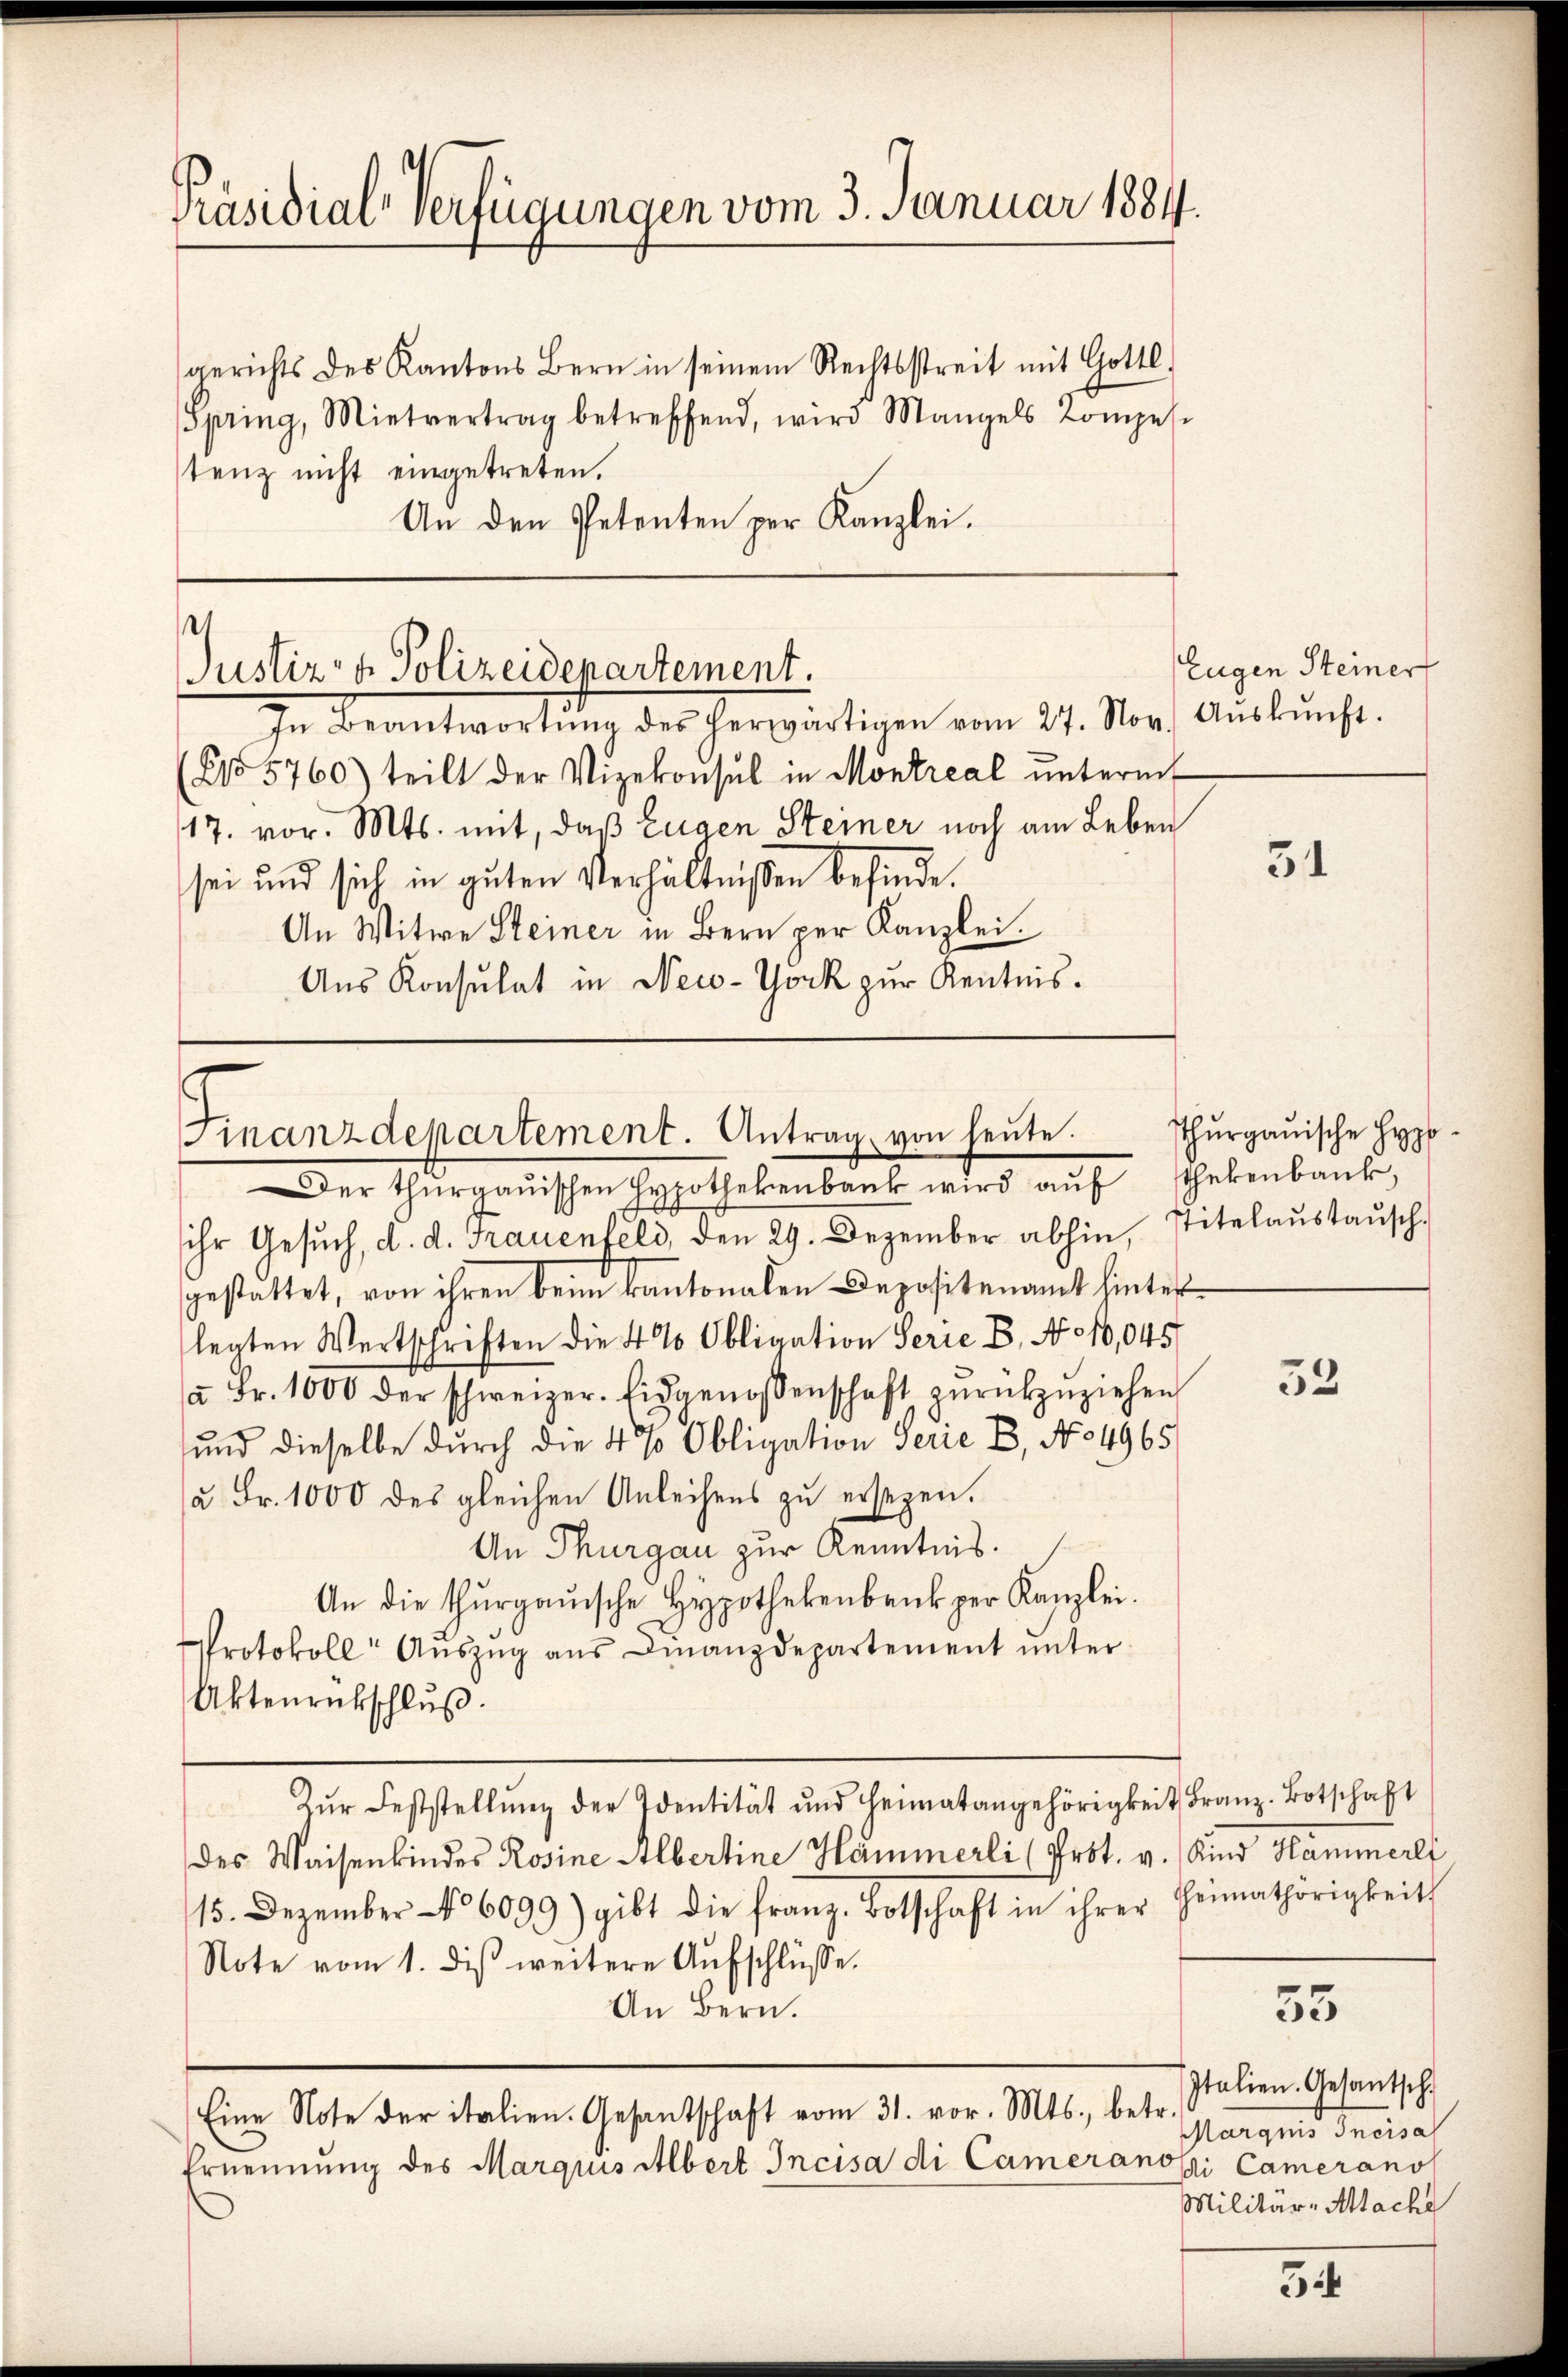
Präsidial-Verfügungen vom 3. Januar 1881.

gerichts des Kantons Bern in seinem Rechtsstreit mit Gottl.
Spring, Mietvertrag betreffend, wird Mangels Kompes.
stenz nicht eingetreten.
An den Petenten per Kanzlei.

Justiz- & Polizeidenartement.
In Beantwortung des herwärtigen vom 24. Nov. Auskunft.

(2155760) teilt der Vizekonsul in Montreal ŭnterm
17. vor. Mts. mit, daß Eugen Steiner noch am Leben
sei und sich in guten Verhältnißen befinde.
An Witwe Steiner in Bern per Kanzlei.
Aus Konsulat in Neco-York zur Kenntnis.

manzdepartement. Antrag von heute.
er thurgauischen Hypothekenbank wird aŭf thekenbank,

ihr Gesuch, d. d. Frauenfeld, den 29. Dezember abhin, Titelaustausch
gestattet, von ihren beim kantonalen Depositenamt hinter
legten Wertschriften die 4 % Obligation Serie B. No 10,045
a Fr. 1000 der schweizer. Eidgenossenschaft zŭrückzuziehen.
und dieselbe durch die 4 % Obligation Serie E, No 4965
a. Fr. 1000 des gleichen Anleihens zu ersezen.
An Thurgau zur Kenntnis.
An die thurgauische Hypothekenbank per Kanzlei.
Protokoll Aŭszŭg aŭs Finanzdepartement ŭnter
Aktenrückschluß.
Zŭr Feststellŭng der Identität und Heimatangehörigkeit Franz-Botschaft
des Waisenkindes Rosine Albertine Hämmerli (Prot. v. Kind Hammerli
15. Dezember No 6099) gibt die franz. Botschaft in ihrer Heimathörigkeit
Note vom 1. dis weitere Aufschlüsse.
An Bern.
Eine Note der italien. Gesantschaft vom 31. vor. Mts., betr.
Ernennung des Marquis Albert Incisa di Cameranosi Camerano

Eugen Steiner

34

Thurgauische Hypo-

32

55

Italien. Gesantsch
Margen Preisa
Militär-Attache

54